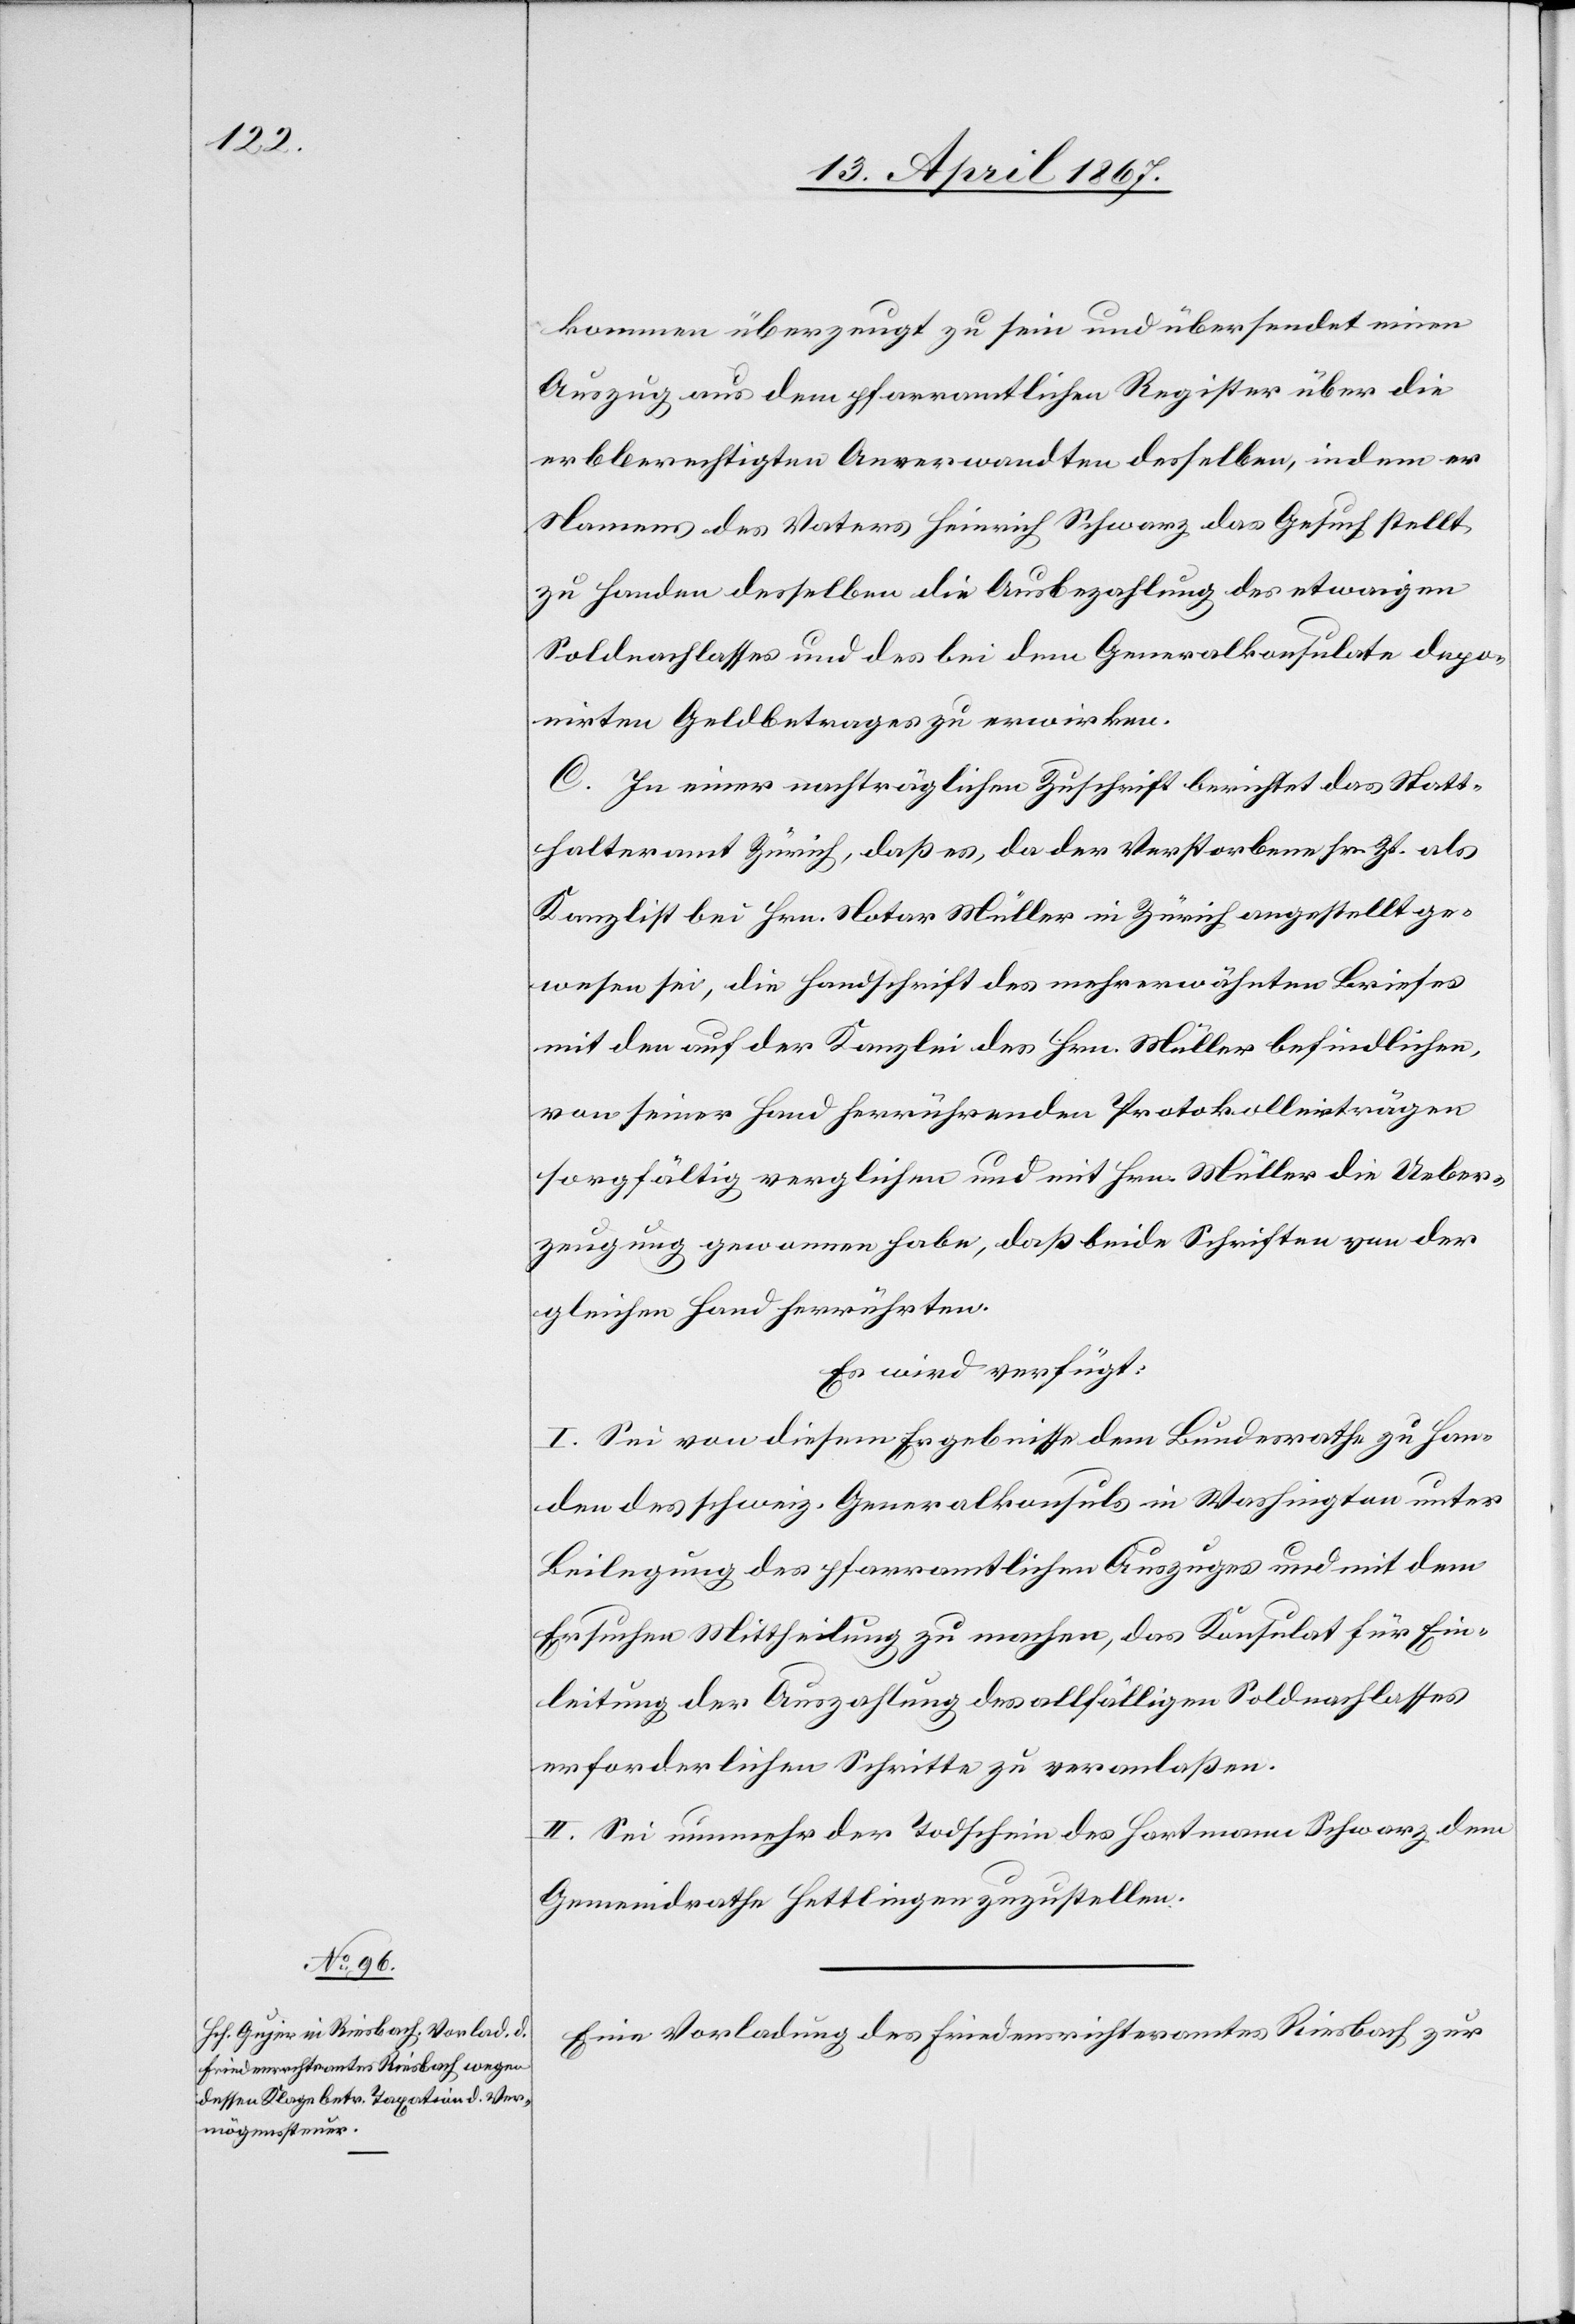
18. April 1867.]
kommen überzeugt zu sein und übersendet einen
Auszug aus dem pfarramtlichen Register über die
erbberechtigten Anverwandten desselben, indem er
Namens des Notars Heinrich Schwarz das Gesuch stellt,
zu Handen desselben die Ausbezahlung des etwaigen
Soldnachlasses und des bei dem Generalkonsulate depo¬
nirten Geldbetrages zu erwirken.
C. In einer nachträglichen Zuschrift berichtet das Statt¬
halteramt Zürich, daß es, da der Verstobene sr. Zt. als
Kanzlist bei Hrn. Notar Müller in Zürich angestellt ge¬
wesen sei, die Handschrift des mehrerwähnten Briefes
mit den auf der Kanzlei des Hrn. Müller befindlichen,
von seiner Hand herrührenden Protokolleinträgen
sorgfältig verglichen und mit Hrn. Müller die Ueber¬
zeugung genommen habe, daß beide Schriften von der
gleichen Hand herrührten.
Es wird verfügt:
I. Sei von diesem Ergebnisse dem Bundesrathe zu Han¬
den des schweiz. Generalkonsuls in Washington unter
Beilegung des pfarramtlichen Auszuges und mit dem
Ersuchen Mittheilung zu machen, das Konsulat für Ein¬
leitung der Auszahlung des allfälligen Soldnachlasses
erforderlichen Schritte zu veranlaßen.
II. Sei nunmehr der Todschein des Hartmann Schwarz dem
Gemeindrathe Hettlingen zuzustellen.
Eine Vorladung des Friedensrichteramtes Riesbach zur